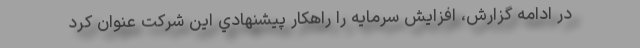
در ادامه گزارش، افزايش سرمايه را راهكار پيشنهادي اين شركت عنوان کرد